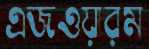
এজওয়ারম